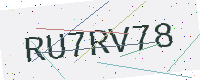
Text: RU7RV78